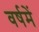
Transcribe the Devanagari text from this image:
वर्षमें